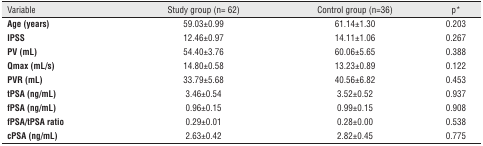
<table><thead><tr><td><b>Variable</b></td><td><b>Study group (n= 62)</b></td><td><b>Control group (n=36)</b></td><td><b>p*</b></td></tr></thead><tbody><tr><td><b>Age (years)</b></td><td>59.03±0.99</td><td>61.14±1.30</td><td>0.203</td></tr><tr><td><b>IPSS</b></td><td>12.46±0.97</td><td>14.11±1.06</td><td>0.267</td></tr><tr><td><b>PV (mL)</b></td><td>54.40±3.76</td><td>60.06±5.65</td><td>0.388</td></tr><tr><td><b>Qmax (mL/s)</b></td><td>14.80±0.58</td><td>13.23±0.89</td><td>0.122</td></tr><tr><td><b>PVR (mL)</b></td><td>33.79±5.68</td><td>40.56±6.82</td><td>0.453</td></tr><tr><td><b>tPSA (ng/mL)</b></td><td>3.46±0.54</td><td>3.52±0.52</td><td>0.937</td></tr><tr><td><b>fPSA (ng/mL)</b></td><td>0.96±0.15</td><td>0.99±0.15</td><td>0.908</td></tr><tr><td><b>fPSA/tPSA ratio</b></td><td>0.29±0.01</td><td>0.28±0.00</td><td>0.538</td></tr><tr><td><b>cPSA (ng/mL)</b></td><td>2.63±0.42</td><td>2.82±0.45</td><td>0.775</td></tr></tbody></table>